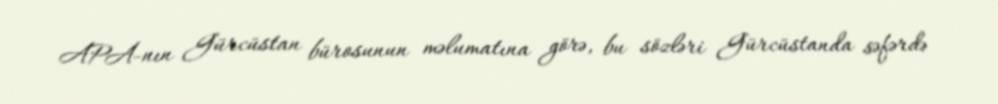
APA-nın Gürcüstan bürosunun məlumatına görə, bu sözləri Gürcüstanda səfərdə